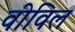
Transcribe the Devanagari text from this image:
वीविल